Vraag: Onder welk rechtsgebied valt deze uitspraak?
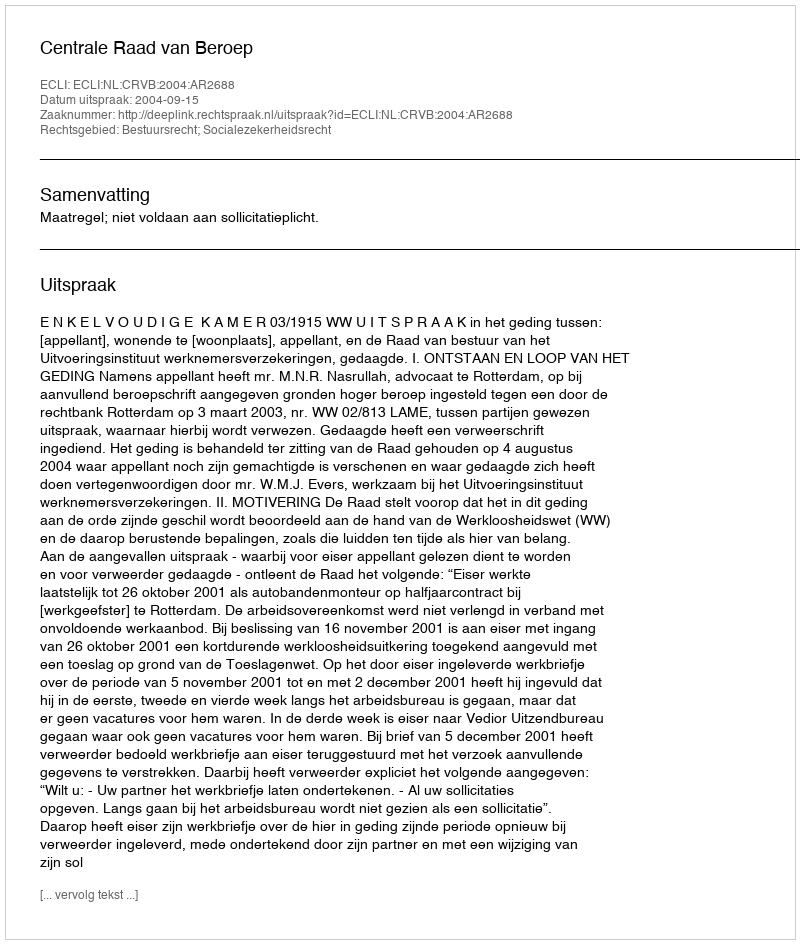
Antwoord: Bestuursrecht; Socialezekerheidsrecht